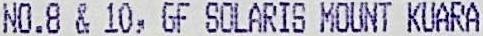
NO.8 & 10, GF SOLARIS MOUNT KUARA